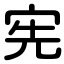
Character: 宪